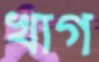
খাগ